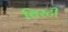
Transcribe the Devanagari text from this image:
बिस्टी